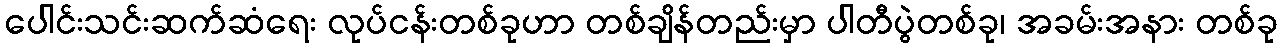
ပေါင်းသင်းဆက်ဆံရေး လုပ်ငန်းတစ်ခုဟာ တစ်ချိန်တည်းမှာ ပါတီပွဲတစ်ခု၊ အခမ်းအနား တစ်ခု